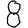
Digit: 8